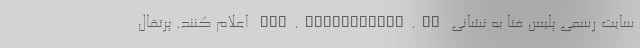
سایت رسمی پلیس فتا به نشانی www.cyberpolice.ir اعلام کنند. پرتقال